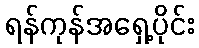
ရန်ကုန်အရှေ့ပိုင်း